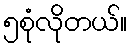
၅စုံလိုတယ်။